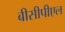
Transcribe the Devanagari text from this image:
बीसीपीएल